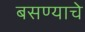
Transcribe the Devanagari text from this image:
बसण्याचे